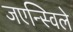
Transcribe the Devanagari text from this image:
जएन्स्विले